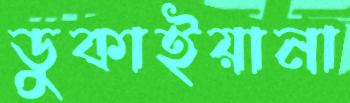
ডুকাইয়ানা